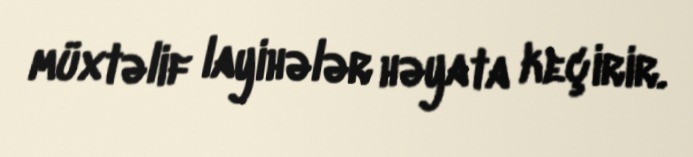
müxtəlif layihələr həyata keçirir.